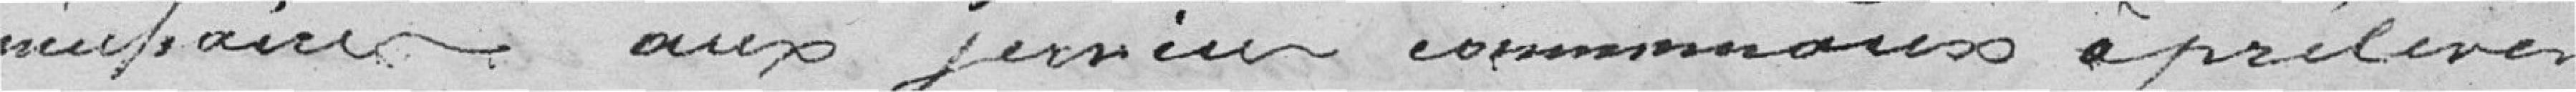
néufaire aux fermiers communaux à prélever